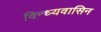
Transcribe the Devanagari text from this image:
विन्ध्यवासिन